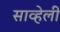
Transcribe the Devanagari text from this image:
साव्हेली